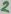
Text: 2